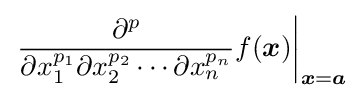
\left.{\frac {\partial ^{p}}{\partial x_{1}^{p_{1}}\partial x_{2}^{p_{2}}\cdots \partial x_{n}^{p_{n}}}}f({\boldsymbol {x}})\right|_{{\boldsymbol {x}}={\boldsymbol {a}}}